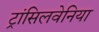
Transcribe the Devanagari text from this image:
ट्रांसिलवेनिया